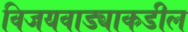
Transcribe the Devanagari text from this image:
विजयवाड्याकडील